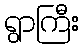
ရွာကြီး